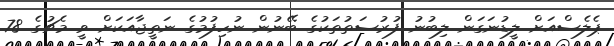
ޕެލެސްއަށް ލީޑުނަގަން ލިބުނު ފުރުސަތުތަކުގެ ބޭނުން ނުހިފުމުގެ ނަތީޖާއަކަށް ވީ މެޗުގެ 78